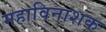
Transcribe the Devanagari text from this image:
महाविनाशक